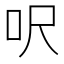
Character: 呎